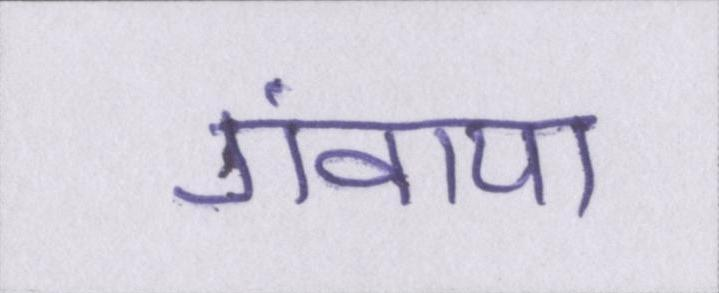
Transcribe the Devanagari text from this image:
गंवाया